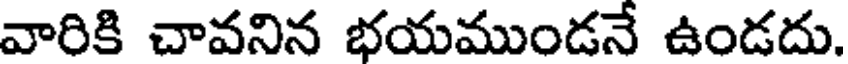
వారికి చావనిన భయముండనే ఉండదు.